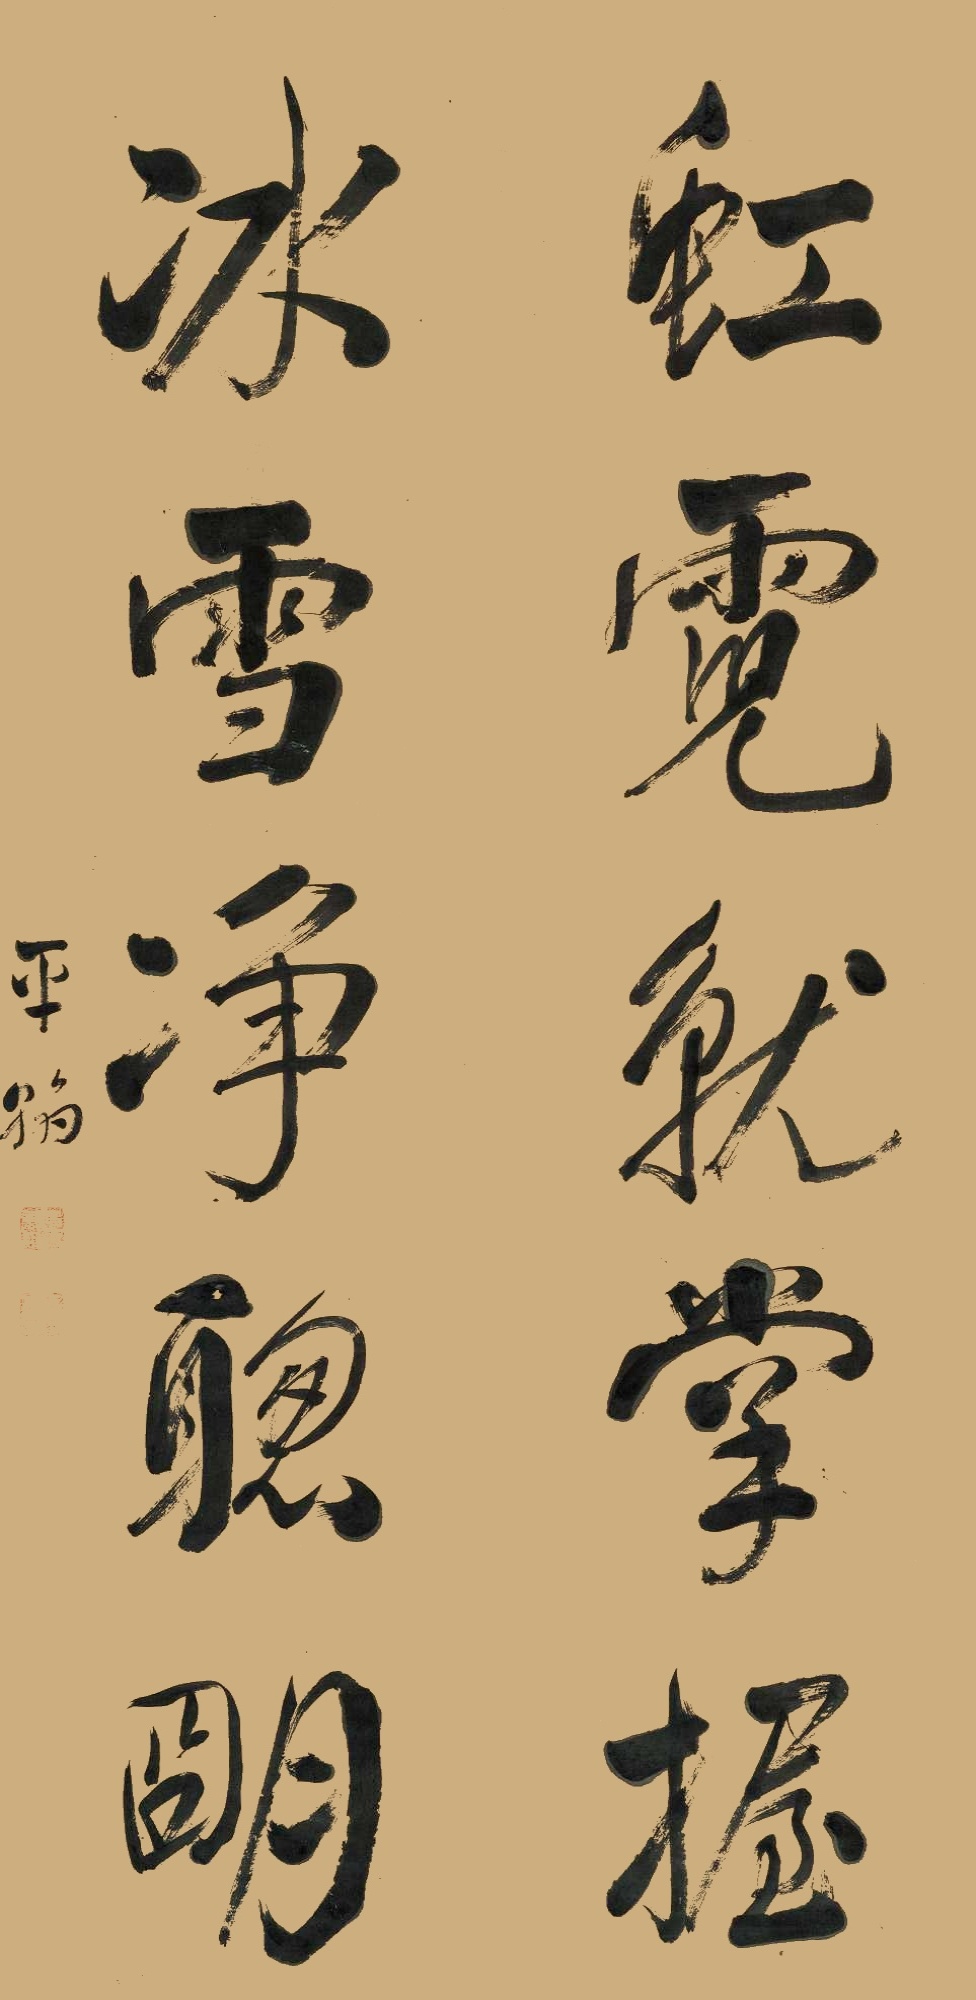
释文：虹霓就掌握，冰雪净聪明。平翰。